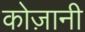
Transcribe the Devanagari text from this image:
कोज़ानी